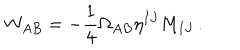
W _ { A B } = - { \frac { 1 } { 4 } } \Omega _ { A B } \eta ^ { I J } M _ { I J } \, .